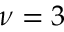
\nu = 3